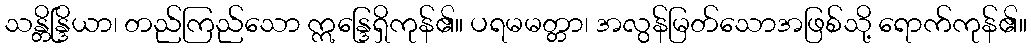
သန္တိန္ဒြိယာ၊ တည်ကြည်သော ဣန္ဒြေရှိကုန်၏။ ပရမမတ္တာ၊ အလွန်မြတ်သောအဖြစ်သို့ ရောက်ကုန်၏။